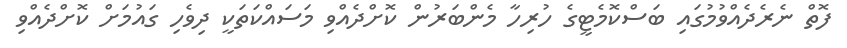
ފޮތް ނެރެދެއްވުމުގައި ބަސްކޮމެޓީގެ ހުރިހާ މެންބަރުން ކޮށްދެއްވި މަސައްކަތަކީ ދިވެހި ގައުމަށް ކޮށްދެއްވި